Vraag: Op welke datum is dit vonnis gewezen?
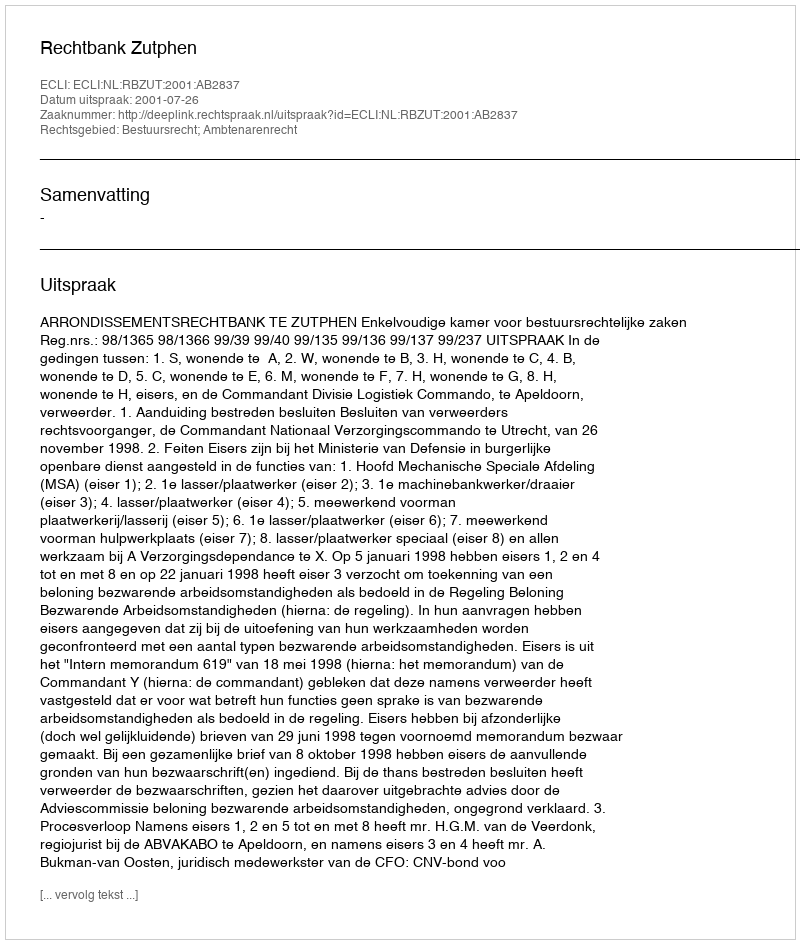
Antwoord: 2001-07-26